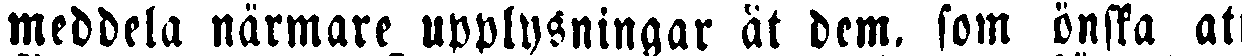
meddela närmare upplysningar åt dem. som önska att